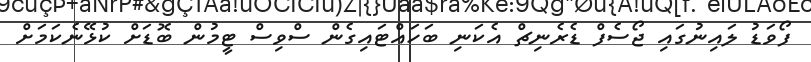
ފޯވަޑު ލައިނުގައި ޖޯސެފް ޑެރެނިޗް އެކަނި ބަހައްޓައިގެން ސްވިސް ޓީމުން ބޮޑަށް ކުޅޭނެކަަމަށް